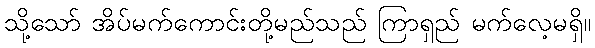
သို့သော် အိပ်မက်ကောင်းတို့မည်သည် ကြာရှည် မက်လေ့မရှိ။